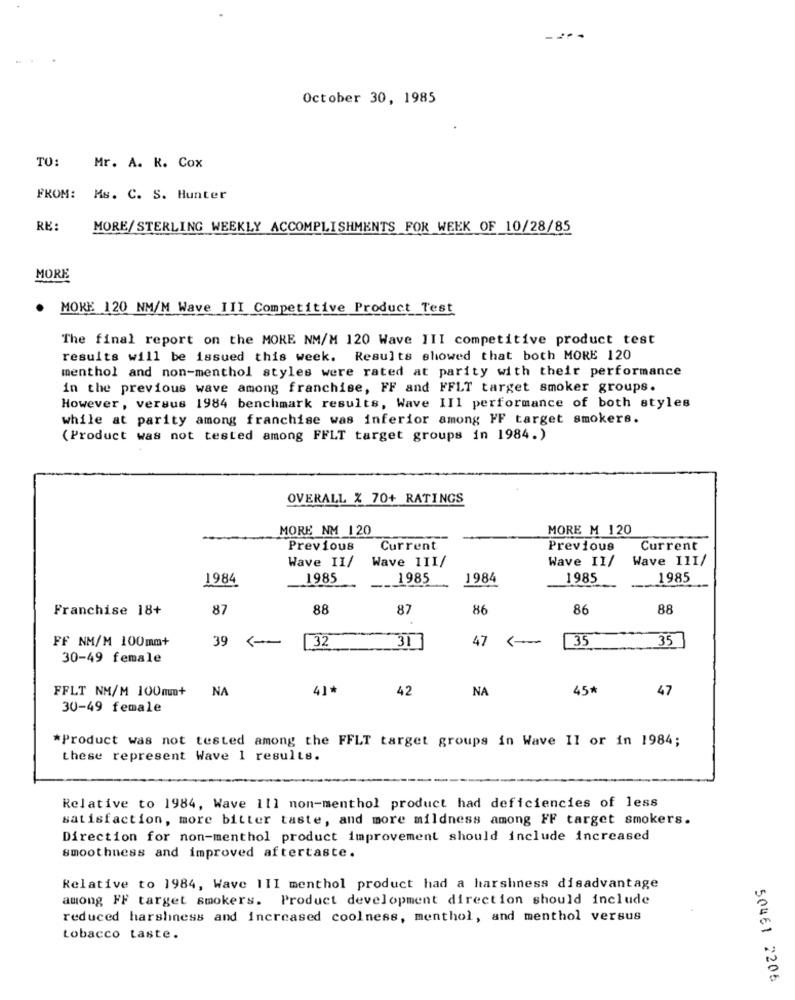
October 30, 1985
TO:
Mr. A. R. Cox
FROM: Ms. C. S. Hunter
RE:
MORE/ STERLING WEEKLY ACCOMPLISHMENTS FOR WEEK OF 10/28/85
MORE
.
MORE 120 NM/M Wave III Competitive Product Test
The final report on the MORE NM/M 120 Wave III competitive product test
results will be issued this week. Results showed that both MORE 120
menthol and non-menthol styles were rated at parity with their performance
in the previous wave among franchise, FF and FFLT target smoker groups.
However , versus 1984 benchmark results, Wave IIl performance of both styles
while at parity among franchise was inferior among FF target smokers.
(Product was not tested among FFLT target groups in 1984.)
OVERALL X 70+ RATINGS
MORE NM 120
MORE M 120
Previous
Current
Previous
Current
Wave II/
Wave 111/
Wave II/
Wave 111/
1984
1985
1985
1984
1985
1985
Franchise 18+
87
88
87
86
86
88
39
32
31
47
35
35
FF NM/M 100mm+
<-
30-49 female
FFLT NM/M 100mm+
NA
41*
42
NA
45*
47
30-49 female
*Product was not tested among the FFLT target groups in Wave Il or in 1984;
these represent Wave 1 results.
Relative to 1984, Wave 111 non-menthol product had deficiencies of less
satisfaction, more bitter taste, and more mildness among FF target smokers.
Direction for non-menthol product improvement should include increased
smoothness and improved aftertaste.
Relative to 1984, Wave III menthol product had a harshness disadvantage
among FF target smokers. Product development direction should include
reduced harshness and increased coolness, menthol, and menthol versus
tobacco taste.
50461 2205